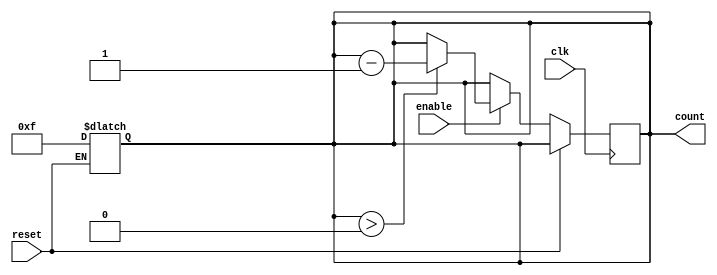
module down_counter #(
    parameter N = 15 // Maximum value (N), can be adjusted as needed
) (
    input wire clk,           // Clock input
    input wire enable,        // Enable signal
    input wire reset,         // Asynchronous reset signal
    output reg [N-1:0] count  // Current counter value
);

    // Asynchronous reset behavior
    always @* begin
        if (reset) begin
            count = N; // Reset to maximum value N
        end else begin
            count = count; // Hold current value
        end
    end

    // Synchronous behavior on rising edge of clk
    always @(posedge clk) begin
        if (!reset) begin // Only count down if reset is not asserted
            if (enable) begin
                if (count > 0) begin
                    count <= count - 1; // Decrement count
                end
                // If count is 0, it holds the value at 0
            end
            // If enable is low, hold the current count value
        end
    end

endmodule